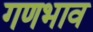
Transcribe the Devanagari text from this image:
गणभाव